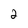
Character: 2